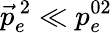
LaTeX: \vec{p}_{e}^{\, 2}\ll p_{e}^{02}